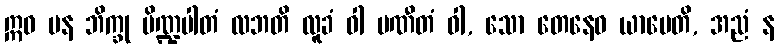
ဣဓ ပန ဘိက္ခု ပိဏ္ဍပါတံ လဘတိ လူခံ ဝါ ပဏီတံ ဝါ, သော တေနေဝ ယာပေတိ, အညံ န